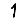
Digit: 1